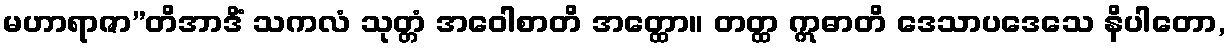
မဟာရာဇာ”တိအာဒိံ သကလံ သုတ္တံ အဝေါစာတိ အတ္ထော။ တတ္ထ ဣဓာတိ ဒေသာပဒေသေ နိပါတော,